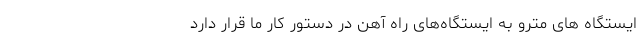
ایستگاه های مترو به ایستگاه‌های راه آهن در دستور کار ما قرار دارد